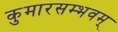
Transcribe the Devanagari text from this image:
कुमारसम्भवम्‌